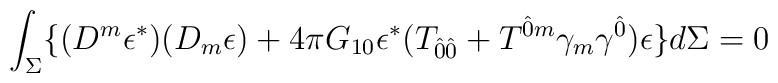
\int_{\Sigma} \lbrace (D^{m} \epsilon^{\ast})(D_{m} \epsilon) + 4\pi G_{10} \epsilon^{\ast} (T_{\hat{0}\hat{0}} + T^{\hat{0}m}\gamma_{m} \gamma^{\hat{0}}) \epsilon \rbrace d\Sigma = 0